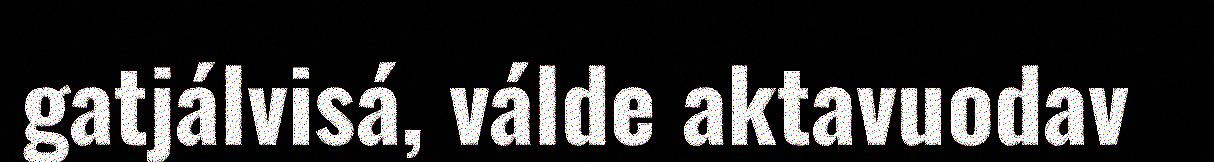
gatjálvisá, válde aktavuodav